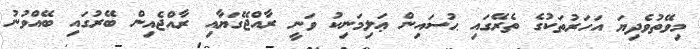
މިވޭތުވެދިޔަ އަހަރުތަކުގެ ތެރޭގައި ޙުސައިން ޢަލިމަނިކު ވަނީ ރާއްޖޭގަޔާއި ރާއްޖެއިން ބޭރުގައި ބޭއްވުނު